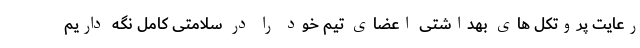
رعایت پروتکل های بهداشتی اعضای تیم خود را در سلامتی کامل نگه داریم